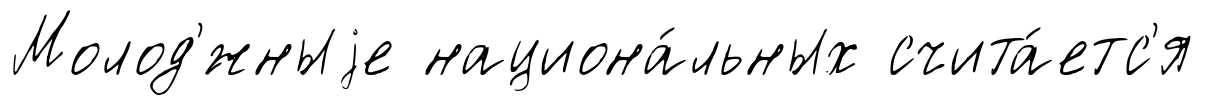
Молод'́жныjе национа́льных счита́етс'я